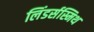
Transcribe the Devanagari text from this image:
लिंडर्सस्मिथ